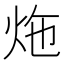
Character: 炧